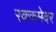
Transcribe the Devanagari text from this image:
रक्कमेवर